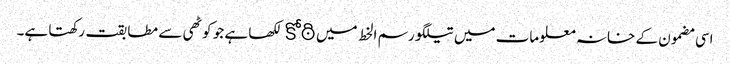
اسی مضمون کے خانہ معلومات میں تیلگو رسم الخط میں కోఠి لکھا ہے جو کوٹھی سے مطابقت رکھتا ہے۔